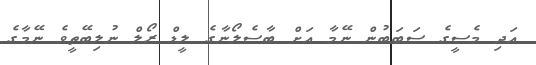
އަދި މެސީގެ ސަބަބުން ނޭމާ އަށް ބާސެލޯނާގެ ލީޑް ރޯލް ނުލިބޭތީވެ ނޭމާގެ